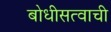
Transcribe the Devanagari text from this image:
बोधीसत्वाची